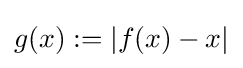
g(x):=|f(x)-x|